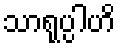
သာရုပ္ပါဟိ